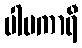
ပါပကာရီ